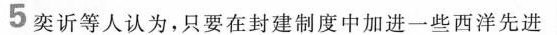
5 奕诉等人认为，只要在封建制度中加进